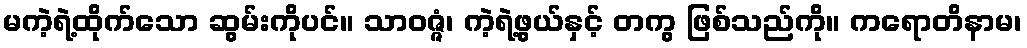
မကဲ့ရဲ့ထိုက်သော ဆွမ်းကိုပင်။ သာဝဇ္ဇံ၊ ကဲ့ရဲ့ဖွယ်နှင့် တကွ ဖြစ်သည်ကို။ ကရောတိနာမ၊